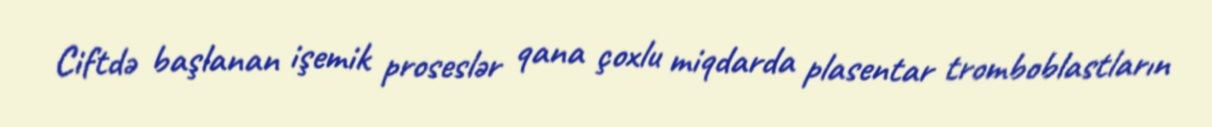
Ciftdə başlanan işemik proseslər qana çoxlu miqdarda plasentar tromboblastların